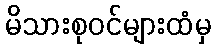
မိသားစုဝင်များထံမှ